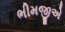
ભીમજીએ